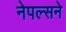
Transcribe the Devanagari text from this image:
नेपल्सने